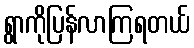
ရွာကိုပြန်လာကြရတယ်